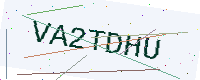
Text: VA2TDHU